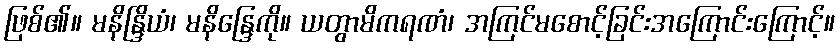
ဖြစ်၏။ မနိန္ဒြိယံ၊ မနိန္ဒြေကို။ ယတွာမိကရဏံ၊ အကြင်မစောင့်ခြင်းအကြောင်းကြောင့်။